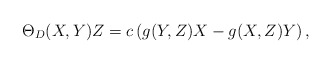
\begin{align*}\Theta_D (X,Y)Z=c\left(g(Y,Z) X - g(X,Z) Y\right),\end{align*}